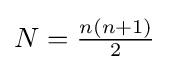
N={\tfrac {n(n+1)}{2}}